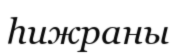
һижраны